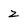
Character: 2